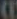
(